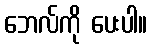
ဘေလ်ကို ပေးပါ။